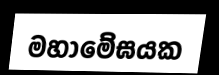
මහාමේඝයක